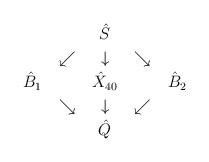
LaTeX: \begin{align*}\arraycolsep=6pt\def\arraystretch{1.2}\begin{array}{ccccc} & & \hat{S}\\ & \swarrow & \downarrow & \searrow\\\hat{B}_{1} & & \hat{X}_{40} & & \hat{B}_{2}\\ & \searrow & \downarrow & \swarrow\\ & & \hat{Q}\end{array}\end{align*}